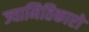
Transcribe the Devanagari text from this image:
ज्यामितिकारों